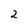
Character: 2